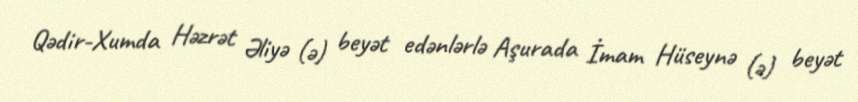
Qədir-Xumda Həzrət Əliyə (ə) beyət edənlərlə Aşurada İmam Hüseynə (ə) beyət